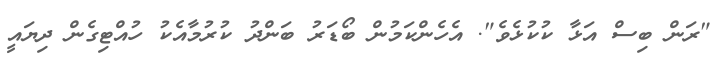
"ރަން ބިސް އަޅާ ކުކުޅެވެ". އެހެންކަމުން ބޯޑަރު ބަންދު ކުރުމާއެކު ހުއްޓިގެން ދިޔައީ